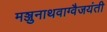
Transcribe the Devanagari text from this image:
मञ्जुनाथवाग्वैजयंती